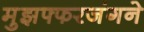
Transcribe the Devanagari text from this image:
मुझफ्फरजंगने